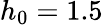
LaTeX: h_{0}=1.5